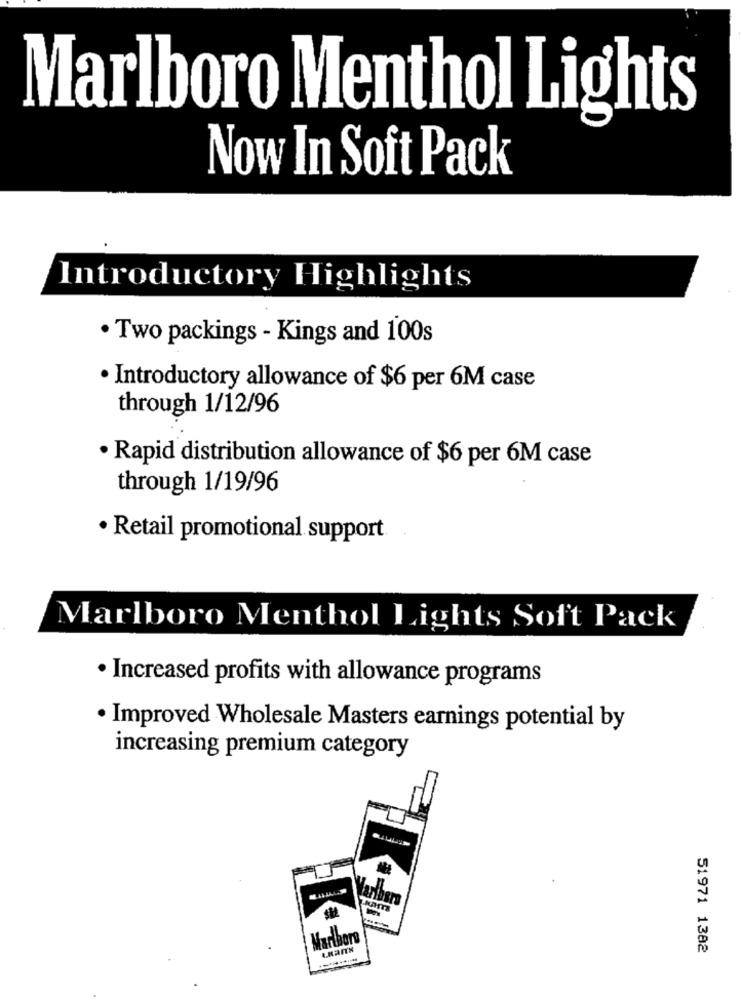
Marlboro Menthol Lights
Now In Soft Pack
Introductory Highlights
·Two packings - Kings and 100s
· Introductory allowance of $6 per 6M case
through 1/12/96
· Rapid distribution allowance of $6 per 6M case
through 1/19/96
· Retail promotional support
Marlboro Menthol Lights Soft Pack
· Increased profits with allowance programs
· Improved Wholesale Masters earnings potential by
increasing premium category
Marlboro
LaITx
51971 1382